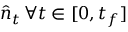
\hat { { \boldsymbol n } } _ { t } \, \forall t \in [ 0 , t _ { f } ]